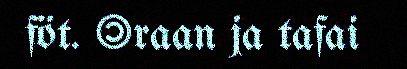
föt. ©raan ja tafai